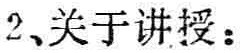
2、关于讲授：